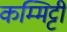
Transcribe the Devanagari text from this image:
कम्मिट्टी